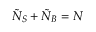
\tilde { N } _ { S } + \tilde { N } _ { B } = N